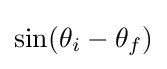
\sin(\theta _{i}-\theta _{f})